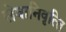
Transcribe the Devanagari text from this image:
सेवानिवृत्‍ति